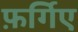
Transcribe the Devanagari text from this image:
फ़र्गिए